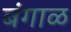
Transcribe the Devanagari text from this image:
बंगाळ